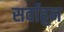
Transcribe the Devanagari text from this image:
सर्वाहून